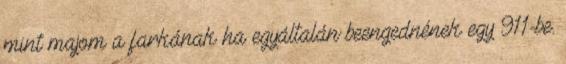
mint majom a farkának ha egyáltalán beengednének egy 911-be.